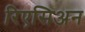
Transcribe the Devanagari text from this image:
रिएसिअन